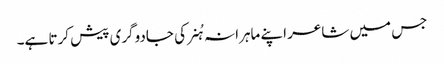
جس میں شاعر اپنے ماہرانہ ہُنر کی جادوگری پیش کرتا ہے۔